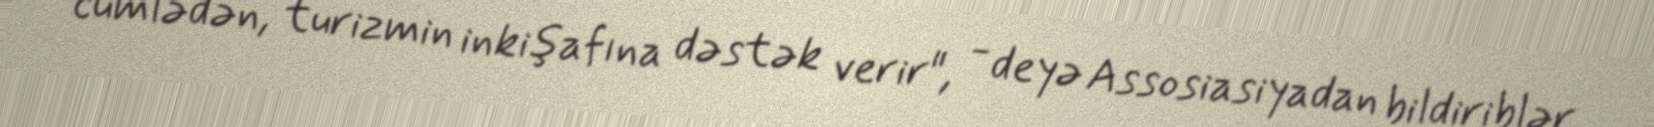
cümlədən, turizmin inkişafına dəstək verir", - deyə Assosiasiyadan bildiriblər.